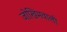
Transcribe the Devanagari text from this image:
जोखिमवाली